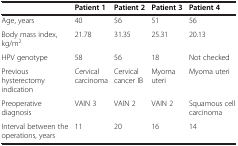
|  | Patient 1 | Patient 2 | Patient 3 | Patient 4 |
 | --- | --- | --- | --- | --- |
 | Age, years | 40 | 56 | 51 | 56 |
 | Body mass index, kg/m2 | 21.78 | 31.35 | 25.31 | 20.13 |
 | HPV genotype | 58 | 56 | 18 | Not checked |
 | Previous hysterectomy indication | Cervical carcinoma | Cervical cancer IB | Myoma uteri | Myoma uteri |
 | Preoperative diagnosis | VAIN 3 | VAIN 2 | VAIN 2 | Squamous cell carcinoma |
 | Interval between the operations, years | 11 | 20 | 16 | 14 |